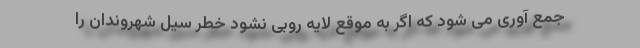
جمع آوری می شود که اگر به موقع لایه روبی نشود خطر سیل شهروندان را